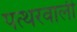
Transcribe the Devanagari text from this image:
पत्थरवाली